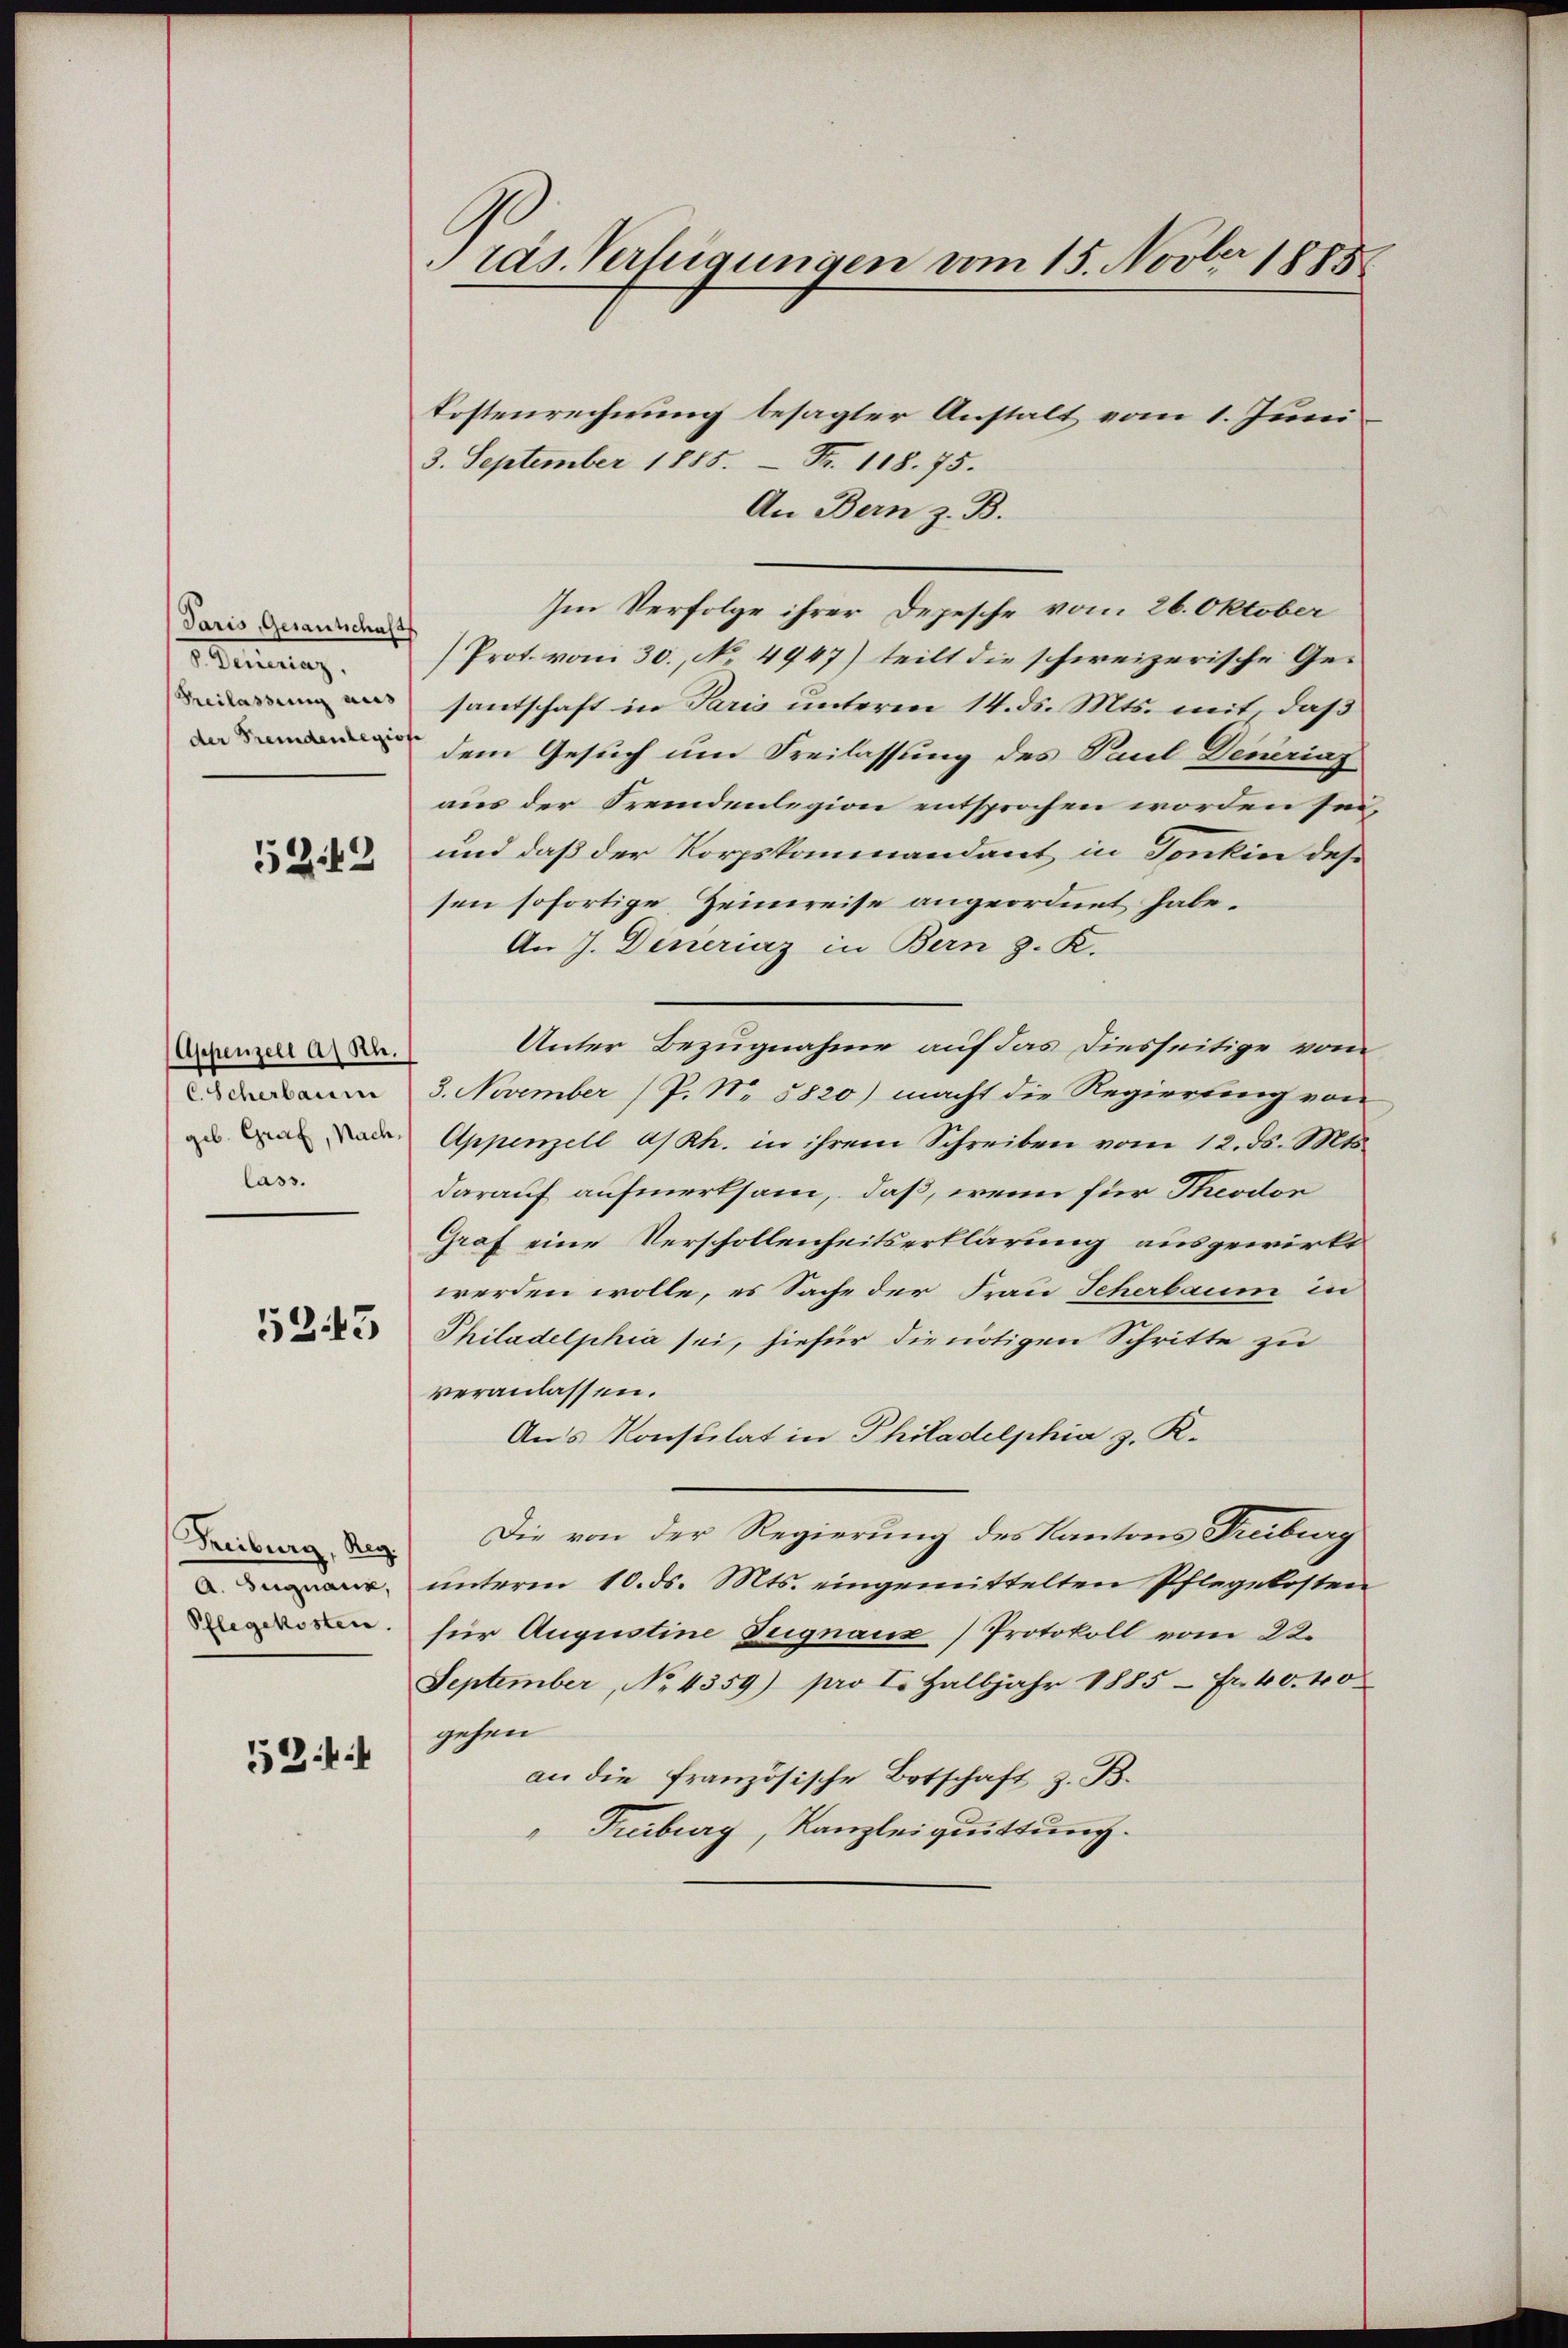
Paris Gesantschaft
Heilag
Freilassung aus
der Fremdenlegist

5242

Appenzell a. Rh.
C. Scherbaum
geb. Graf, Nachlass.

5243

Freiburg, Reg.
A. Signacz,
Pflegekosten.

12

räs. Verfügungen vom 15. Novber 1883

Kostenrechnung besagter Anstalt vom 1. Juni
3. September 1888.  Fr. 118. 75.
An Bern z. B.
Prot. vom 30. No. 4947) teilt die schweizerische Gesandtschaft in Paris unterm 14. ds. Mts. mit, daß
dem Gesuch um Freilassung des Paul Denering
aus der Fremdenlegion entsprochen worden sei,
und daß der Korpskommandant in Tonkin des
sen sofortige Heimreise angeordnet habe.
An J. Deneriaz in Bern z. K.
Unter Bezugnahme auf das diesseitige vom
3. November (P. Nr. 5820) macht die Regierung von
Appenzell a/Rh. in ihrem Schreiben vom 12. ds. Mts.
darauf aufmerksam, daß, wenn für Theodor
Graf eine Verschollenheitserklärung ausgewirkt
werden wolle, es Sache der Frau Scherbaum in
Philadelphia sei, hiefür die nötigen Schritte zu
veranlassen.
Aus Konsulat in Philadelphia z. K.
Die von der Regierung des Kantons Freiburg
unterm 10. ds. Mts. eingemittelten Pflegekosten
für Augustine Tugnaux) Protokoll vom 22.
September, No 4359) pro I. Halbjahr 1885 - Fr. 40. 40
gehen
an die französische Botschaft z. B.
Treiburg, Kanzleiquittung.

Im Verfolge ihrer Depesche vom 26. Oktober